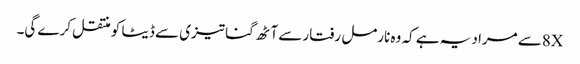
8Xسے مراد یہ ہے کہ وہ نارمل رفتار سے آٹھ گنا تیزی سے ڈیٹا کو منتقل کرے گی۔